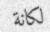
لكانة